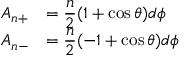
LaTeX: \begin{array} { c l } { { A _ { n + } } } & { { = { \displaystyle \frac { n } { 2 } } ( 1 + \cos \theta ) d \phi } } \\ { { A _ { n - } } } & { { = { \displaystyle \frac { n } { 2 } } ( - 1 + \cos \theta ) d \phi } } \end{array}